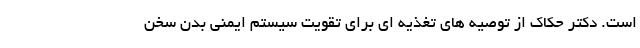
است. دکتر حکاک از توصیه های تغذیه ای برای تقویت سیستم ایمنی بدن سخن